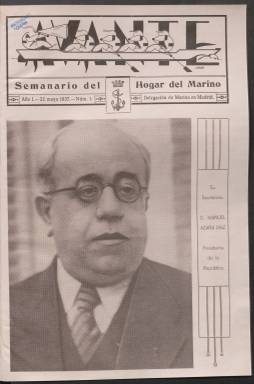
Título: Avante (Madrid. 1937)
Colección: Guerra civil
Ámbito geográfico: Madrid
Lugar de publicación: Madrid
Fechas: 22/05/1937-15/01/1939

Con este nombre de resonancias marítimas nació en mayo de 1937, en plena Guerra Civil, este semanario editado por El Hogar del Marino, un centro recién inaugurado dentro del Ministerio de Marina en Madrid para los marineros destinados en este centro oficial con el fin de mejorar su nivel cultural. Los jóvenes militares, que contaban con una nutrida biblioteca y recibían clases de diversas materias, fueron los impulsores de la publicación.

  La portada del primer número de Avante salió con el retrato a toda página del Presidente de la República, Manuel Azaña, y en páginas interiores con un encendido elogio del ministro de Defensa, Indalecio Prieto, a modo de expresión de fidelidad al Gobierno republicano. Aunque las referencias al conflicto bélico eran inevitables, el semanario incluía reportajes e informaciones de todo tipo y esa será la tónica general durante toda su trayectoria.

  Son de destacar sus dibujos, como el de la cabecera de la portada en que una cuadrilla remando en una trainera cubre las palabras del título o como las caricaturas de personajes políticos o militares. Como es lógico, las fotografías de buques y de marineros trabajando en las embarcaciones son abundantes, así como las informaciones referentes a la Marina republicana.

  A partir del número 19, de 25 de septiembre, de 1937, Avante cambió su presentación, con una nueva cabecera y el dibujo de un barco de guerra, aunque siguió publicando reportajes ajenos al conflicto bélico, algunos relacionados con la Marina, como uno sobre la política naval en el Mediterráneo en tiempos de Felipe II, y otros de temas variados como el dedicado al teatro de Lope de Vega o a la historia de la electricidad.

   Con todo, en el contenido de sus ocho páginas predominaban informaciones, comentarios o incluso poemas referidos a los combates de la Guerra Civil o a las fuerzas republicanas. La toma de Teruel por estas, por ejemplo, tiene un amplio despliegue.

   Como el papel empezaba a escasear según avanzaba la guerra se puede ver en ocasiones páginas impresas en papeles blancos de contabilidad donde hay algunas cifras escritas. En la primera entrega de 1939 el semanario llamaba todavía a tener fe en la victoria, pero el siguiente número ya no se publicó. Se conserva una hoja del original del mes de febrero con la sección de Vulgaridades, que era recurrente en la publicación. Dejó de publicarse, como muchos otros periódicos republicanos, con la victoria del bando nacional.

[Descripción publicada el 20/09/2024]